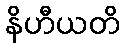
နိဟီယတိ